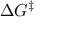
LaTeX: \Delta G ^ { \ddagger }